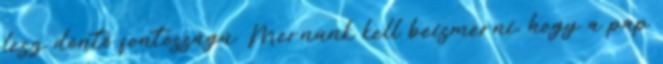
lesz döntő fontosságú. Mernünk kell beismerni, hogy a pap